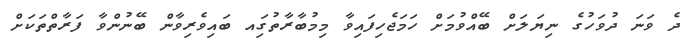
ދެ ވަނަ ދުވަހުގެ ނިޔަލަށް ބޭއްވުމަށް ހަމަޖެހިފައިވާ މިމުބާރާތުގަިއ ބައިވެރިވާން ބޭނުންވާ ފަރާތްތަކަށް